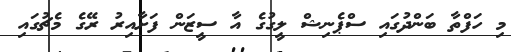
މި ހަފްތާ ބަންދުގައި ސްޕެނިޝް ލީގުގެ އާ ސީޒަން ފަށާއިރު ރޭގެ މެޗުގައި